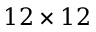
1 2 \times 1 2